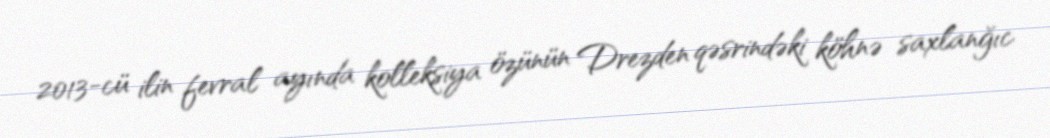
2013-cü ilin fevral ayında kolleksiya özünün Drezden qəsrindəki köhnə saxlanğıc